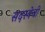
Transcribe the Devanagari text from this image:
सदस्येची